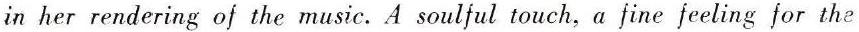
in her rendering of the music. A soulful touch, a fine feeling for the